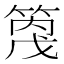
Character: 𥰓